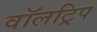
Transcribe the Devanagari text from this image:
वॉलट्रिप